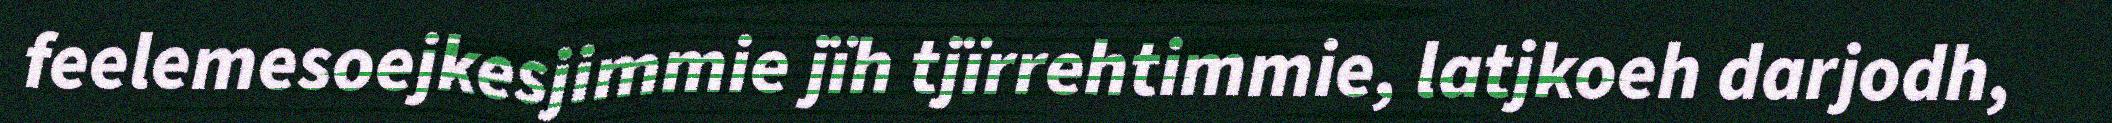
feelemesoejkesjimmie jïh tjïrrehtimmie, latjkoeh darjodh,